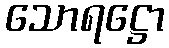
သောရဋ္ဌော